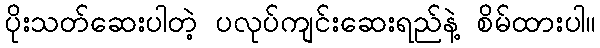
ပိုးသတ်ဆေးပါတဲ့ ပလုပ်ကျင်းဆေးရည်နဲ့ စိမ်ထားပါ။